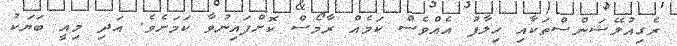
ރެގިއުލޭޝަންސްތަކާއި ހިލާފު އެއްވެސް ކަމެއް ރާމޯސް ކޮށްފައިނުވާ ކަމަށެވެ. އަދި މިއީ ބަޔަކު